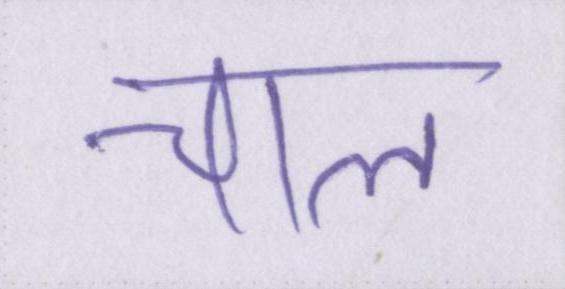
चाल